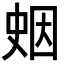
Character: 𪡖